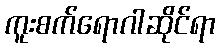
ကူးစက်ရောဂါဆိုင်ရာ